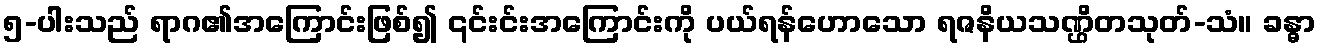
၅-ပါးသည် ရာဂ၏အကြောင်းဖြစ်၍ ၎င်းင်းအကြောင်းကို ပယ်ရန်ဟောသော ရဇနိယသဏ္ဌိတသုတ်-သံ။ ခန္ဓာ